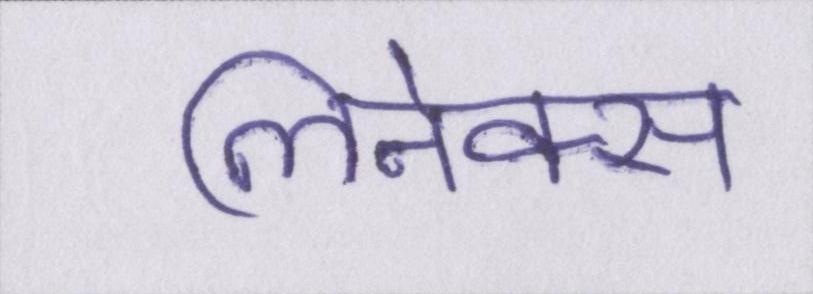
लिनेक्स